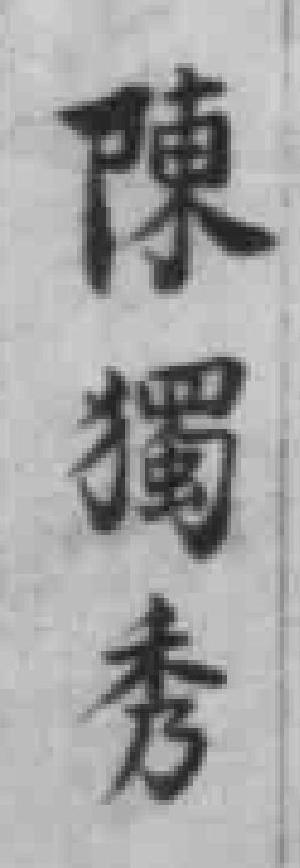
陳獨秀